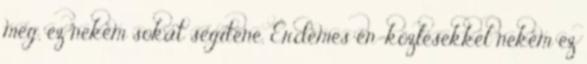
meg, ez nekem sokat segítene. Érdemes én-közlésekkel nekem ez